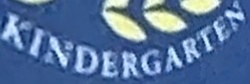
KINDERGARTEN